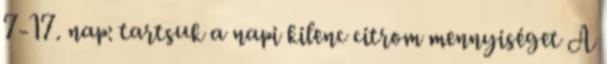
7-17. nap: tartsuk a napi kilenc citrom mennyiséget A